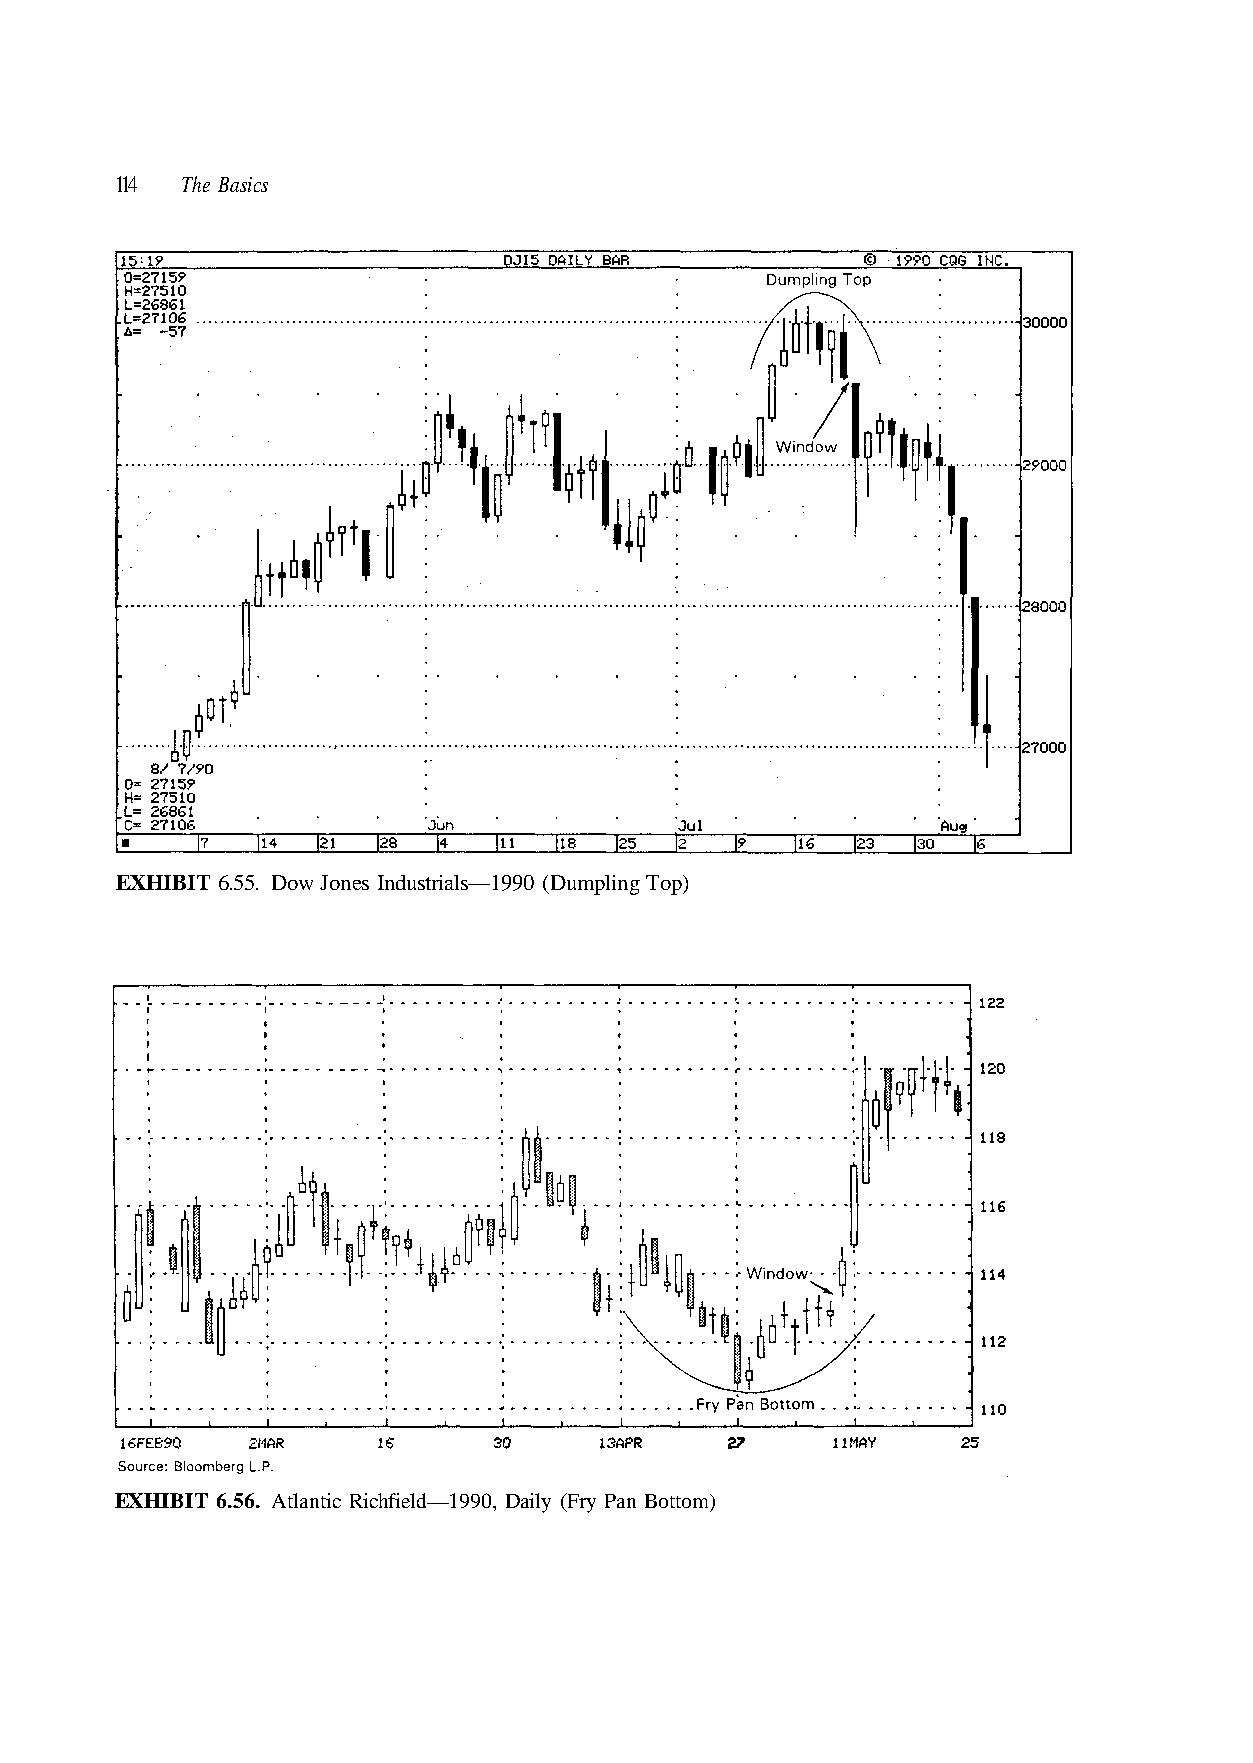
114 The Basics
 m) o ott B n a P y Fr ( y ail D 0, 9 9 1 — d el
 EXHIBIT 6.55. Dow Jones Industrials—1990 (Dumpling Top)
 EXHIBIT 6.56. Atlantic Richfi